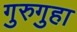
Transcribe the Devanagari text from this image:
गुरुगुहा